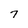
Character: 7